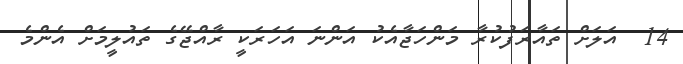
14  އަލަށް ތައާރަފުކުރާ މަންހަޖާއެކު އަންނަ އަހަރަކީ ރާއްޖޭގެ ތައުލީމަށް އެންމެ